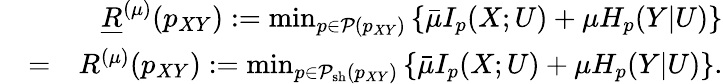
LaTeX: \begin{array}{rlr}&{}&{\underline{{R}}^{(\mu)}(p_{XY}):=\operatorname*{min}_{\scriptstyle p\in{\cal P}(p_{XY})}\left\{ \bar{\mu}I_{p}(X;U)+\mu H_{p}(Y|U)\right\} }\\ &{=}&{R^{(\mu)}(p_{XY}):=\operatorname*{min}_{\scriptstyle p\in{\cal P}_{\mathrm{sh}}(p_{XY})}\left\{ \bar{\mu}I_{p}(X;U)+\mu H_{p}(Y|U)\right\} .}\end{array}